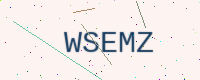
Text: WSEMZ